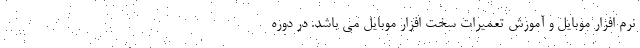
نرم افزار موبایل و آموزش تعمیرات سخت افزار موبایل می باشد. در دوره